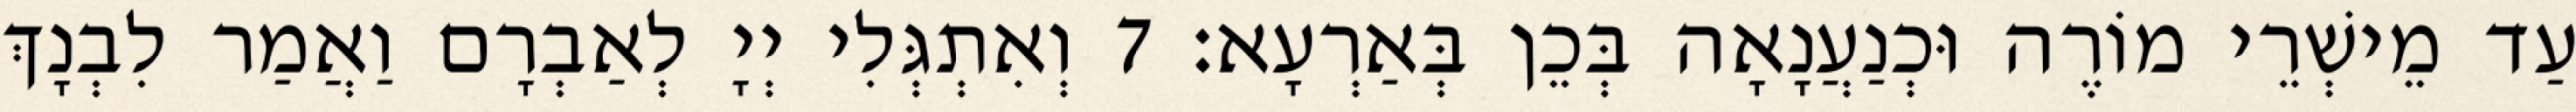
עַד מֵישְׁרֵי מוֹרֶה וּכְנַעֲנָאָה בְּכֵן בְּאַרְעָא׃ 7 וְאִתְגְּלִי יְיָ לְאַבְרָם וַאֲמַר לִבְנָךְ